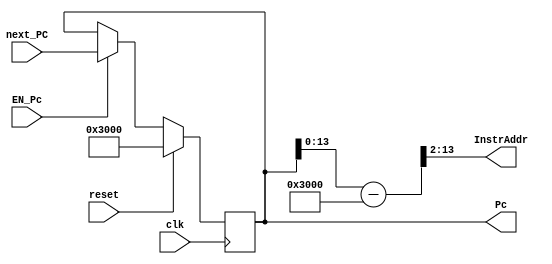
`timescale 1ns / 1ps
module F_PC(
    input clk,
    input reset,
    input EN_Pc,
    input [31:0] next_PC, 
    output [31:0] Pc, 
    output [11:0] InstrAddr
);
    reg [31:0] Instr;
    
    always @(posedge clk) begin
        if (reset) Instr <= 32'h0000_3000; // synchronize reset
        else begin
            if (EN_Pc == 1'b1) Instr <= next_PC; 
        end
    end
    
    wire [31:0] Instr_temp = Instr - 32'h0000_3000;
    assign InstrAddr = Instr_temp[13:2];
    assign Pc = Instr;
endmodule //PC